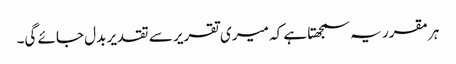
ہر مقرر یہ سمجھتا ہے کہ میری تقریر سے تقدیر بدل جائے گی۔